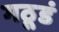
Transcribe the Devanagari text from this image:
गठूडं